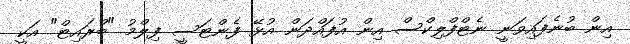
އިން ބުނެފައިވަނީ ނެޓްފްލިކްސް އިން އުފައްދަން އުޅޭ ފެންޓަސީ ފިލްމު "ބްރައިޓް" އަކީ